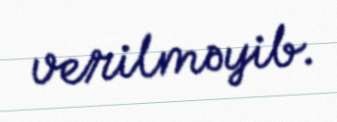
verilməyib.